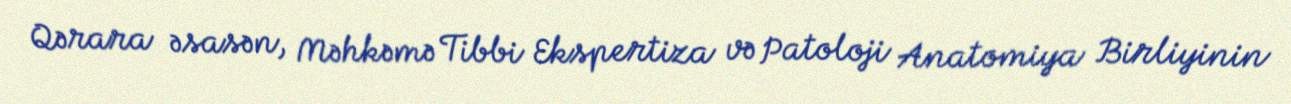
Qərara əsasən, Məhkəmə Tibbi Ekspertiza və Patoloji Anatomiya Birliyinin